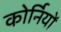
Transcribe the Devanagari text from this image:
कोर्नियों